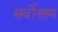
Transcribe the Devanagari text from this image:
सर्वोत्ताम